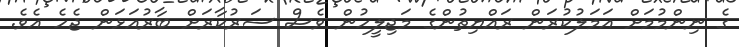
ގެ ނިންމުމަށް އަމަލުކުރަން ރައްޔިތުންގެ މަޖިލީހުން ވެސް ސަރުކާރަށް ބާރުއަޅަން ޖެހެ އެވެ.